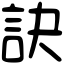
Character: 訣